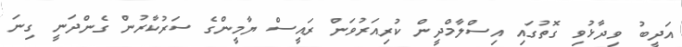
އަަދީބު ވިދާޅުވި ގޮތުގައި އިސްލާމްދީން ކުރިއަރުވަން ރައީސް ޔާމީންގެ ސަރުކާރުން ގެންދަނީ ގިނަ